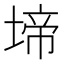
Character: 𭏅